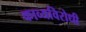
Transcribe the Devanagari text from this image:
काव्यविरोधी